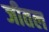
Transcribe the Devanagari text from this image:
जीतल